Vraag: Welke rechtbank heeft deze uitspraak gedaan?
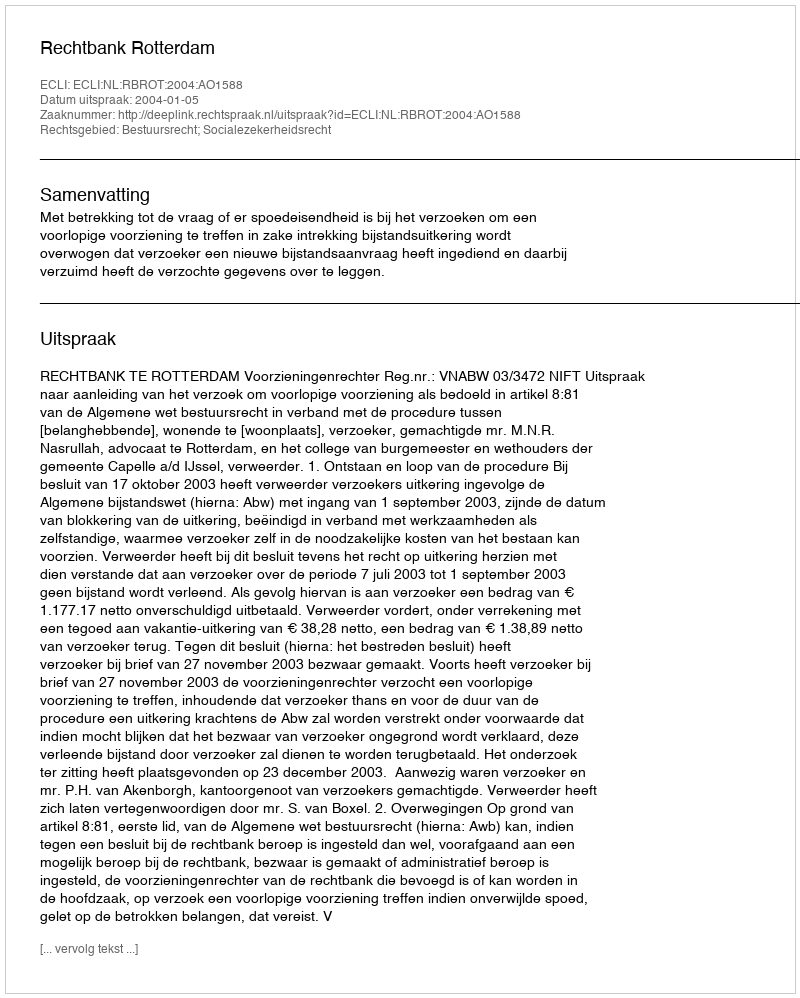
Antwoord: Rechtbank Rotterdam